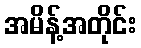
အမိန့်အတိုင်း